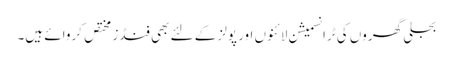
بجلی گھروں کی ٹرانسمیشن لائنوں اور پولز کے لئے بھی فنڈز مختص کروائے ہیں۔